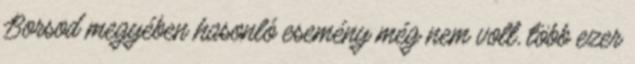
Borsod megyében hasonló esemény még nem volt, több ezer